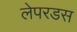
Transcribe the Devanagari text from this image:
लेपरडस